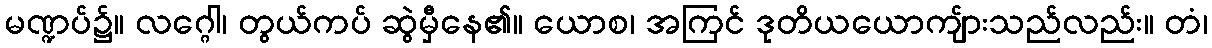
မဏ္ဍပ်၌။ လဂ္ဂေါ၊ တွယ်ကပ် ဆွဲမှီနေ၏။ ယောစ၊ အကြင် ဒုတိယယောကျ်ားသည်လည်း။ တံ၊